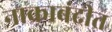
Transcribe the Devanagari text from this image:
नाकाबंदीत